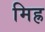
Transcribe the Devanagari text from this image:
मिह्र